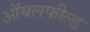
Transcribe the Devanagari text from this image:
ऑयलफील्ड